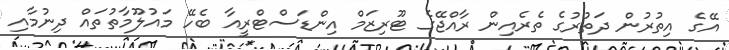
އޭގެ އިތުރުން ދަތުރުގެ ތެރެއިން ރާއްޖޭގެ ޓޫރިޒަމް އިންޑަސްޓްރީއާ ބެހޭ މައުލޫމާތުތައް ދިނުމާއި